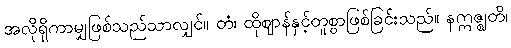
အလိုရှိကာမျှဖြစ်သည်သာလျှင်။ တံ၊ ထိုဈာန်နှင့်တူစွာဖြစ်ခြင်းသည်။ နဣဇ္ဈတိ၊